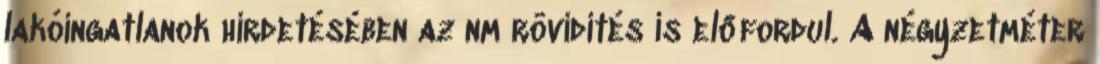
lakóingatlanok hirdetésében az nm rövidítés is előfordul. A négyzetméter